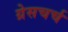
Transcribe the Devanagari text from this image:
ग्रेसचर्च